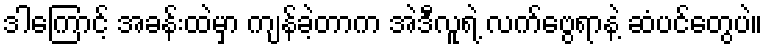
ဒါကြောင့် အခန်းထဲမှာ ကျန်ခဲ့တာက အဲဒီလူရဲ့ လက်ဗွေရာနဲ့ ဆံပင်တွေပဲ။